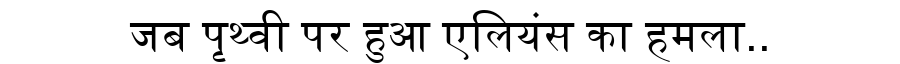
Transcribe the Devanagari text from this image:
जब पृथ्वी पर हुआ एलियंस का हमला..